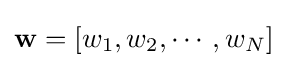
\mathbf {w} =[w_{1},w_{2},\cdots ,w_{N}]